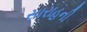
સારાહની